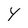
Character: Y